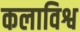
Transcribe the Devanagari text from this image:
कलाविश्व